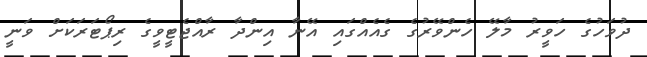
ދުވަހުގެ ހަވީރު މާލޭ ހެންވޭރުގެ ގެއެއްގައި އޭނާ އިންދާ ރާއްޖެޓީވީގެ ރިޕޯޓަރަކަށް ވަނީ